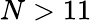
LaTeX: N>11